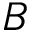
B